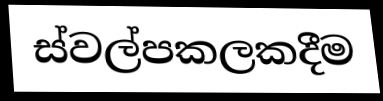
ස්වල්පකලකදීම